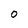
Character: O